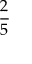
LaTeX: \frac { 2 } { 5 }